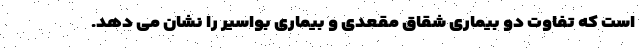
است که تفاوت دو بیماری شقاق مقعدی و بیماری بواسیر را نشان می دهد.